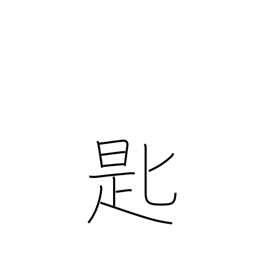
Meaning: spoon